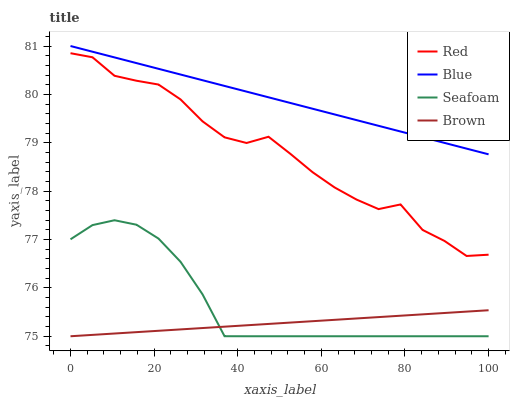
| xaxis_label | Red | Blue | Seafoam | Brown |
 | --- | --- | --- | --- | --- |
 | 0 | 80.9 | 81 | 77 | 75 |
 | 5.26 | 80.8 | 80.9 | 77.3 | 75 |
 | 10.5 | 80.4 | 80.8 | 77.4 | 75.1 |
 | 15.8 | 80.3 | 80.6 | 77.3 | 75.1 |
 | 21.1 | 80.2 | 80.5 | 77 | 75.1 |
 | 26.3 | 79.9 | 80.4 | 76.5 | 75.1 |
 | 31.6 | 79.4 | 80.3 | 75.9 | 75.2 |
 | 36.8 | 79.1 | 80.2 | 75 | 75.2 |
 | 42.1 | 79 | 80.1 | 75 | 75.2 |
 | 47.4 | 79.1 | 79.9 | 75 | 75.3 |
 | 52.6 | 78.8 | 79.8 | 75 | 75.3 |
 | 57.9 | 78.4 | 79.7 | 75 | 75.3 |
 | 63.2 | 78.1 | 79.6 | 75 | 75.3 |
 | 68.4 | 77.8 | 79.5 | 75 | 75.4 |
 | 73.7 | 77.6 | 79.4 | 75 | 75.4 |
 | 78.9 | 77.7 | 79.2 | 75 | 75.4 |
 | 84.2 | 77.2 | 79.1 | 75 | 75.5 |
 | 89.5 | 77 | 79 | 75 | 75.5 |
 | 94.7 | 76.7 | 78.9 | 75 | 75.5 |
 | 100 | 76.7 | 78.8 | 75 | 75.5 |